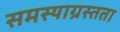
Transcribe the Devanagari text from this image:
समस्याग्रस्तता